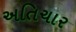
અતિચાર